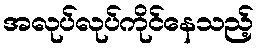
အလုပ်လုပ်ကိုင်နေသည့်